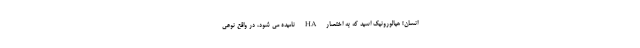
انسان! هیالورونیک اسید که به اختصار HA نامیده می شود، در واقع نوعی